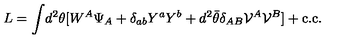
L = \int \! d ^ { 2 } \theta [ W ^ { A } \Psi _ { A } + \delta _ { a b } Y ^ { a } Y ^ { b } + d ^ { 2 } \bar { \theta } \delta _ { A B } { \cal V } ^ { A } { \cal V } ^ { B } ] + \mathrm { c . c . }